Vaccine operations Central Provinces & Berar 1922-1929 - 1922-1929
Year: 1922
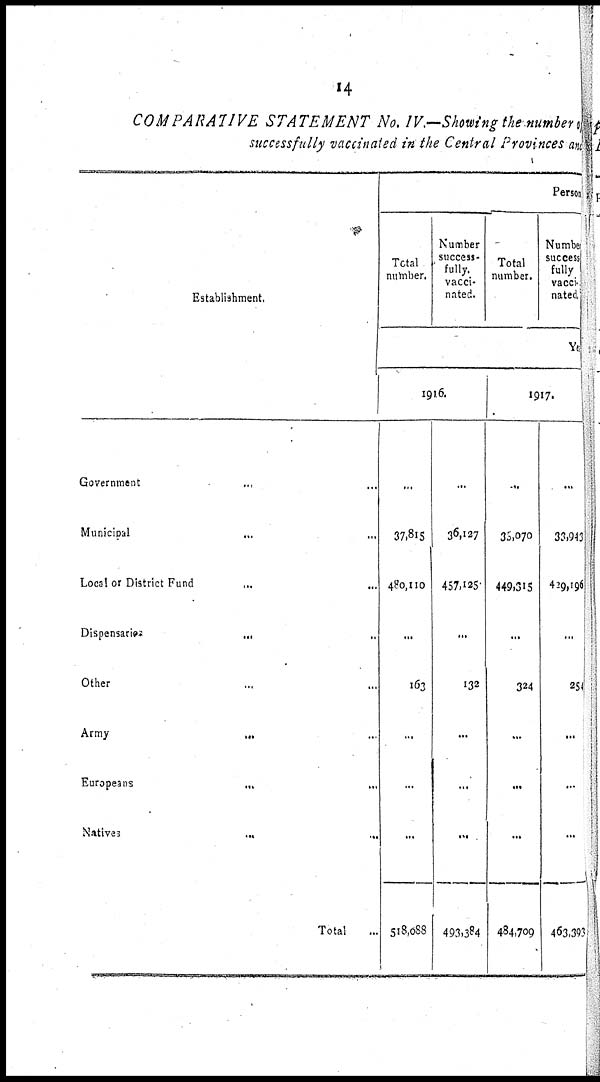
14
COMPARATIVE STATEMENT No. IV.—Showing the number of
successfully vaccinated in the Central Provinces a
Establishment.
Government... ...
Municipal... ...
Local or District Fund... ...
Dispensaries...
...
Other... ...
Army...
...
...
Europeans...
...
Natives...
...
Total...
Person
Total
number.
Number
success-
fully.
vacci-
nated.
Total
number.
Number
success
fully
vacci-
nated
Ye
1916.
...
37,815
480,110
...
163
...
...
...
518,088
...
36,127
457,125
...
132
...
...
...
493,384
1917.
...
35,070
449,315
...
324
...
...
...
484,709
...
33,943
429,196
...
254
...
...
...
463,393